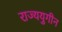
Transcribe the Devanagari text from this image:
राज्ययुगीन